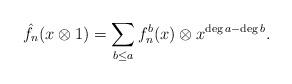
LaTeX: \begin{align*}\hat f_n(x\otimes 1) = \sum_{b\le a} f_n^b(x)\otimes x^{\deg a -\deg b}. \end{align*}